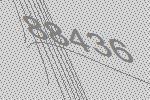
88436